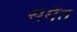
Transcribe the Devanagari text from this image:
समेंत